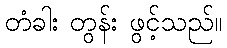
တံခါး တွန်း ဖွင့်သည်။